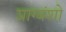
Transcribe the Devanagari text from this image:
प्राग्वंशो